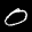
Label: 0